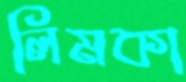
লিমকা